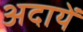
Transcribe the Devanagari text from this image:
अदायें